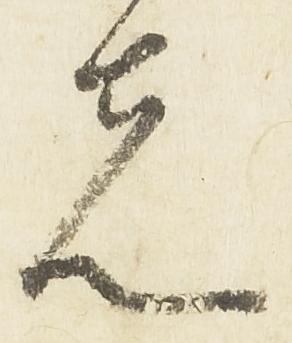
先